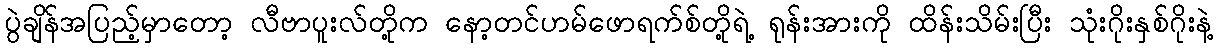
ပွဲချိန်အပြည့်မှာတော့ လီဗာပူးလ်တို့က နော့တင်ဟမ်ဖောရက်စ်တို့ရဲ့ ရုန်းအားကို ထိန်းသိမ်းပြီး သုံးဂိုးနှစ်ဂိုးနဲ့